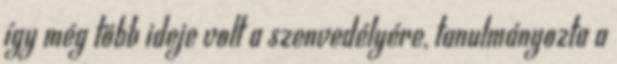
így még több ideje volt a szenvedélyére, tanulmányozta a